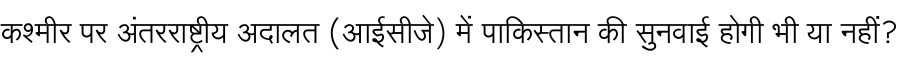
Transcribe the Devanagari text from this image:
कश्मीर पर अंतरराष्ट्रीय अदालत (आईसीजे) में पाकिस्तान की सुनवाई होगी भी या नहीं?